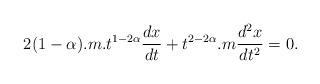
LaTeX: \begin{align*}2(1-\alpha).m.t^{1-2\alpha}\frac{dx}{dt}+t^{2-2\alpha}.m\frac{d^{2}x}{dt^{2}}=0.\end{align*}